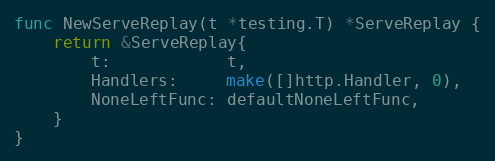
Language: Go
func NewServeReplay(t *testing.T) *ServeReplay {
	return &ServeReplay{
		t:            t,
		Handlers:     make([]http.Handler, 0),
		NoneLeftFunc: defaultNoneLeftFunc,
	}
}